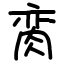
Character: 脔